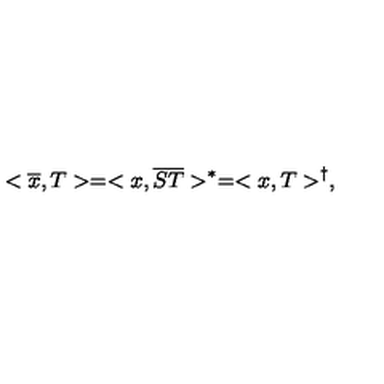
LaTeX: < \overline { { x } } , T > = < x , \overline { { S T } } > ^ { * } = < x , T > ^ { \dagger } ,